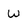
Character: w